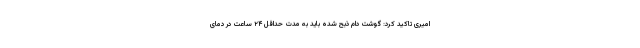
امیری تاکید کرد: گوشت دام ذبح شده باید به مدت حداقل ۲۴ ساعت در دمای